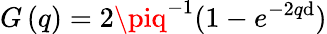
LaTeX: G\left(q\right)=2\piq^{-1}(1-{{e}^{-2q\mathrm{d}}})